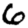
Digit: 6